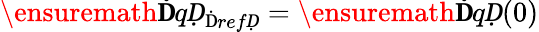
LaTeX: \ensuremath{\mathbf ḊqḌ}_{\mathrm{Ḋ}refḌ}=\ensuremath{\mathbf ḊqḌ}(0)